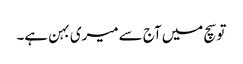
تو سچ میں آج سے میری بہن ہے۔